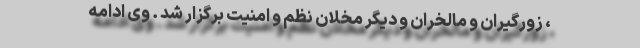
، زورگیران و مالخران و دیگر مخلان نظم و امنیت برگزار شد . وی ادامه